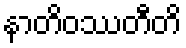
နာတိဝဿတီတိ